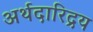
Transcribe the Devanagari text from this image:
अर्थदारिद्रय